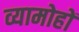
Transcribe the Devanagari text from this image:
व्यामोहों